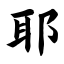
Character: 耶